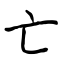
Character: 亡